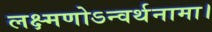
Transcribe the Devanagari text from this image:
लक्ष्मणोऽन्वर्थनामा।